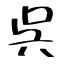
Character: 呉